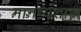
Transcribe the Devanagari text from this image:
मानव्यशास्त्र